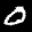
Label: 0